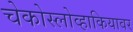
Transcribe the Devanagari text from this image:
चेकोस्लोव्हाकियावर